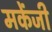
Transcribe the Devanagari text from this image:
मकेंजी